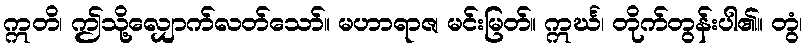
ဣတိ၊ ဤသို့လျှောက်လတ်သော်။ မဟာရာဇ၊ မင်းမြတ်။ ဣင်္ဃ၊ တိုက်တွန်းပါ၏။ တွံ၊